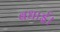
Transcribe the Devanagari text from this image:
बधाई।